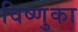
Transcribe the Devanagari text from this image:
विष्णुका